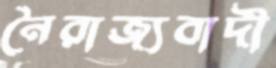
নৈরাজ্যবাদী